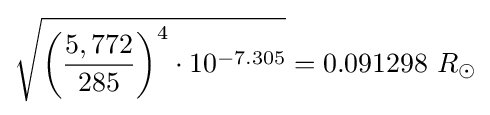
{\sqrt {{\biggl (}{\frac {5,772}{285}}{\biggr )}^{4}\cdot 10^{-7.305}}}=0.091298\ R_{\odot }